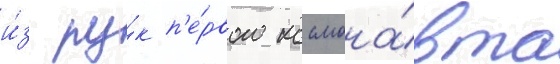
и́з ру́к п'е́рвого космона́вта